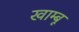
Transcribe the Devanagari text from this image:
खाम्बू